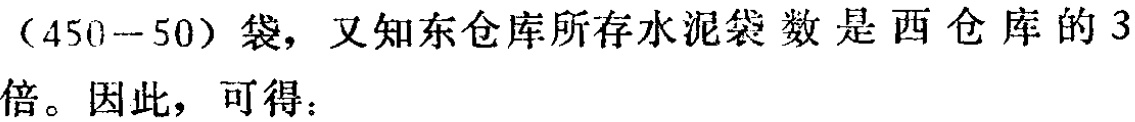
\((450 - 50)\)袋，又知东仓库所存水泥袋数是西仓库的\(3\)倍。因此，可得：